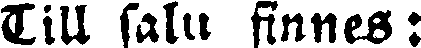
Till salu finnes: